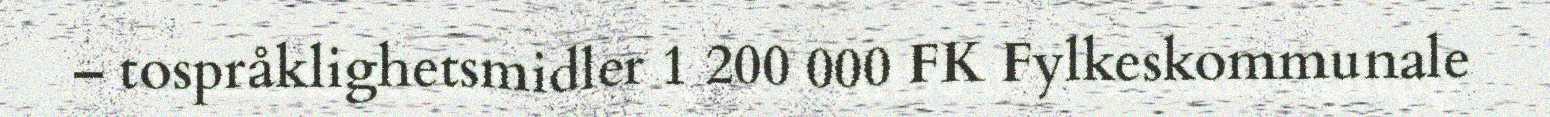
– tospråklighetsmidler 1 200 000 FK Fylkeskommunale